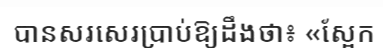
បានសរសេរប្រាប់ឱ្យដឹងថា៖ «ស្អែក